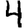
Digit: 4